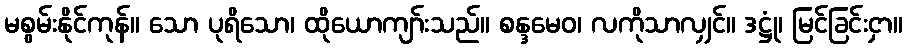
မစွမ်းနိုင်ကုန်။ သော ပုရိသော၊ ထိုယောကျာ်းသည်။ စန္ဒမေဝ၊ လကိုသာလျှင်။ ဒဋ္ဌုံ၊ မြင်ခြင်းငှာ။